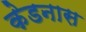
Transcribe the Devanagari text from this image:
केडनास